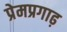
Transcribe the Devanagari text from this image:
प्रेमप्रगाढ़